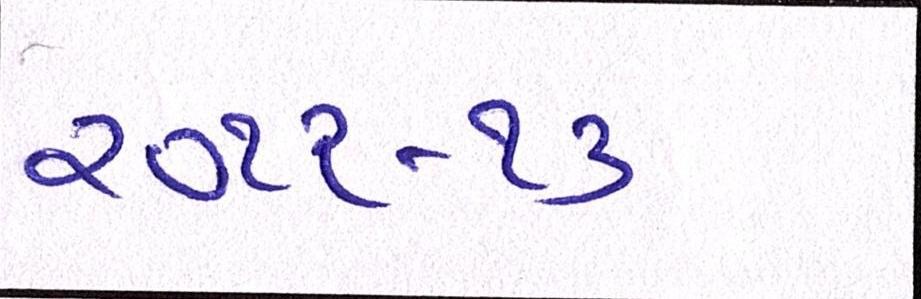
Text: ૨૦૧૨-૧૩